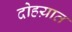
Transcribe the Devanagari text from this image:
दोहय़ात